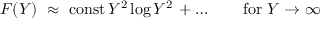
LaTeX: { \cal F } ( Y ) ~ \approx ~ \mathrm { c o n s t } \, Y ^ { 2 } \log { Y ^ { 2 } } \, + \ldots \qquad \mathrm { f o r ~ } Y \to \infty